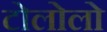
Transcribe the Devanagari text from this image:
टोलोलो